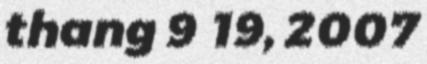
thang 9 19, 2007